Report on vaccination in the Province of Bengal - 1869-1873
Year: 1869
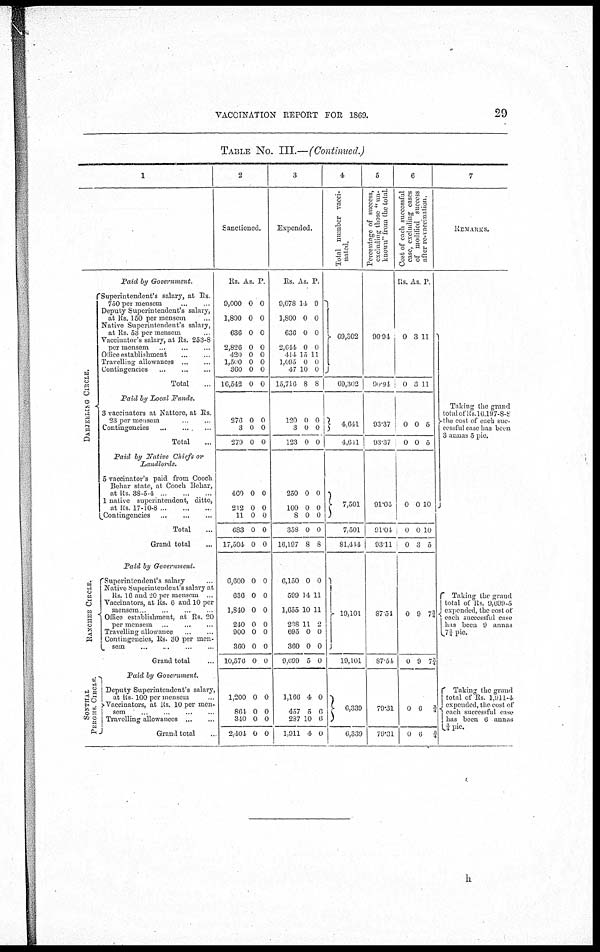
VACCINATION REPORT FOR 1869.
29
TABLE No. III.—(Continued.)
1
Paid by Government.
DARJEELING CIRCLE.
'Superintendent's salary, at Rs.
750 per mensem ...
Deputy Superintendent's salary,
at Rs. 150 per mensem ...
Native Superintendent's salary,
at Rs. 53 per mensem
Vaccinator's salary, at Rs. 253-8
per mensem
Office establishment
...
...
Travelling allowances
...
...
Contingencies
...
...
...
Total ...
Paid by Local Funds.
3 vaccinators at Nattore, at Rs.
23 per mensem ... ...
Contingencies
...
...
Total ...
Paid by Native Chiefs or
Landlords.
5 vaccinator's paid from Cooch
Behar state, at Cooch Behar,
at Rs. 38-5-4
1 native superintendent, ditto,
at Rs. 17-10-8
...
...
Contingencies
...
...
...
Total
Grand total
Paid by Government.
RANCHEE CIRCLE.
Superintendent's salary ...
Native Superintendent's salary at
Rs. 16 and 20 per mensem
Vaccinators, at Rs. 6 and 10 per
mensem ... ... ...
Office establishment, at Rs. 20
per mensem ... ... ...
SO per men-
sem
...
...
...
...
Grand total
PERGHS. CIRCLE.
Paid by Government.
Deputy Superintendent's salary,
at Rs. 100 per mensem
Vaccinators, at Rs. 10 per men-
sem
...
...
...
...
Travelling allowances
...
...
Grand total ...
2
Sanctioned.
Rs.
9,000
1,800
636
2,826
420
1,500
360
16,542
276
3
279
460
212
11
683
17,504
6,600
636
1,840
240
900
360
10,576
1,200
864
340
2,404
As.
0
0
0
0
0
0
0
0
0
0
0
0
0
0
0
0
0
0
0
0
0
0
0
0
0
0
0
P.
0
0
0
0
0
0
0
0
0
0
0
0
0
0
0
0
0
0
0
0
0
0
0
0
0
0
0
3
Expended.
Rs.
9,078
1,800
636
2,644
414
1,095
47
15,716
120
3
123
250
100
8
358
16,197
6,150
599
1,655
238
695
360
9,099
1,166
457
287
1,911
As.
14
0
0
0
15
0
10
8
0
0
0
0
0
0
0
8
0
14
10
11
0
0
5
4
5
10
4
P.
9
0
0
0
11
0
0
8
0
0
0
0
0
0
0
8
0
11
11
2
0
0
0
0
6
6
0
4
Total number vacci-
nated.
69,302
69,302
4,641
4,641
7,501
7,501
81,444
19,101
19,101
6,339
6,339
5
Percentage of success,
excluding those " un-
known" from the total
90.91
90.94
93.37
93.37
91.04
91.04
93.11
87.54
87.54
79.31
79.31
6
Cost of each successful
case, excluding cases
of modified success
after re-vaccination.
Rs.
0
0
0
0
0
0
0
0
0
0
0
As.
3
3
0
0
0
0
3
9
9
6
6
P.
11
11
5
5
10
10
5
7¾
7¾
¾
¾
7
REMARKS.
Taking the grand
total of Rs 16,l97-8-8
the cost of each suc-
cessful case has been
3 annas 5 pic.
Taking the grand
total of Rs. 9,699-5
expended, the cost of
1 each successful case
has been 9 annas
7 ¾ pie.
Taking the grand
total of Rs. 1,911-4
expended, the cost of
each successful case
has been 6 annas
h